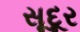
સૂદૂર